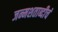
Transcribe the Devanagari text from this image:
जन्मशताब्दीचं